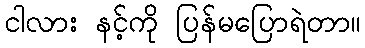
ငါလား နင့်ကို ပြန်မပြောရဲတာ။